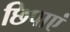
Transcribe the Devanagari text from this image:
छिपाएं